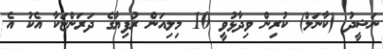
ނަޝީދު (ކާނަލް) ކުރިން ވިދާޅުވީ 10 މިލިއަން ރުފިޔާގެ ދަރަންޏަކާ އެކު އެ